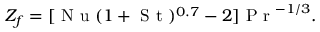
\begin{array} { r } { Z _ { f } = [ \mathrm { ~ N ~ u ~ } ( 1 + \mathrm { ~ S ~ t ~ } ) ^ { 0 . 7 } - 2 ] \mathrm { ~ P ~ r ~ } ^ { - { 1 } / { 3 } } . } \end{array}